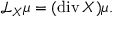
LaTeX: { \mathcal { L } } _ { X } \mu = ( \operatorname { d i v } X ) \mu .